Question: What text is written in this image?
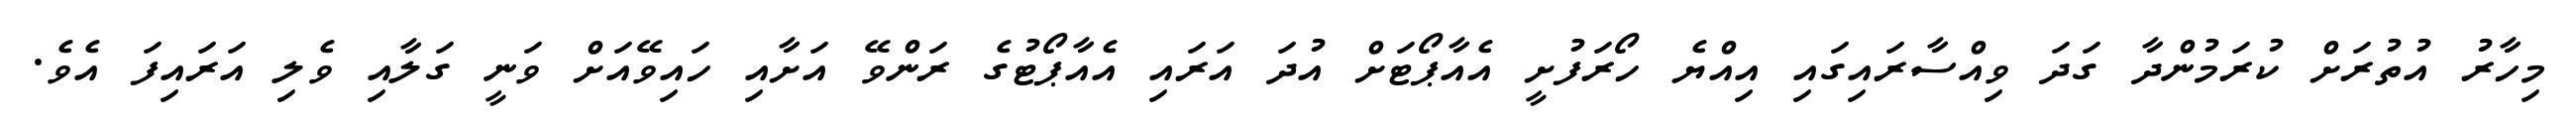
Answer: މިހާރު އުތުރަށް ކުރަމުންދާ ގަދަ ވިއްސާރައިގައި އިއްޔެ ހޯރަފުށީ އެއާޕޯޓަށް އުދަ އަރައި އެއާޕޯޓުގެ ރަންވޭ އަށާއި ހައިވޭއަށް ވަނީ ގަލާއި ވެލި އަރައިފަ އެވެ.